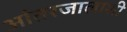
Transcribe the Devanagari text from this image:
आंतरजालाशी